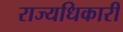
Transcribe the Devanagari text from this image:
राज्यधिकारी